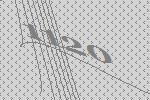
1120